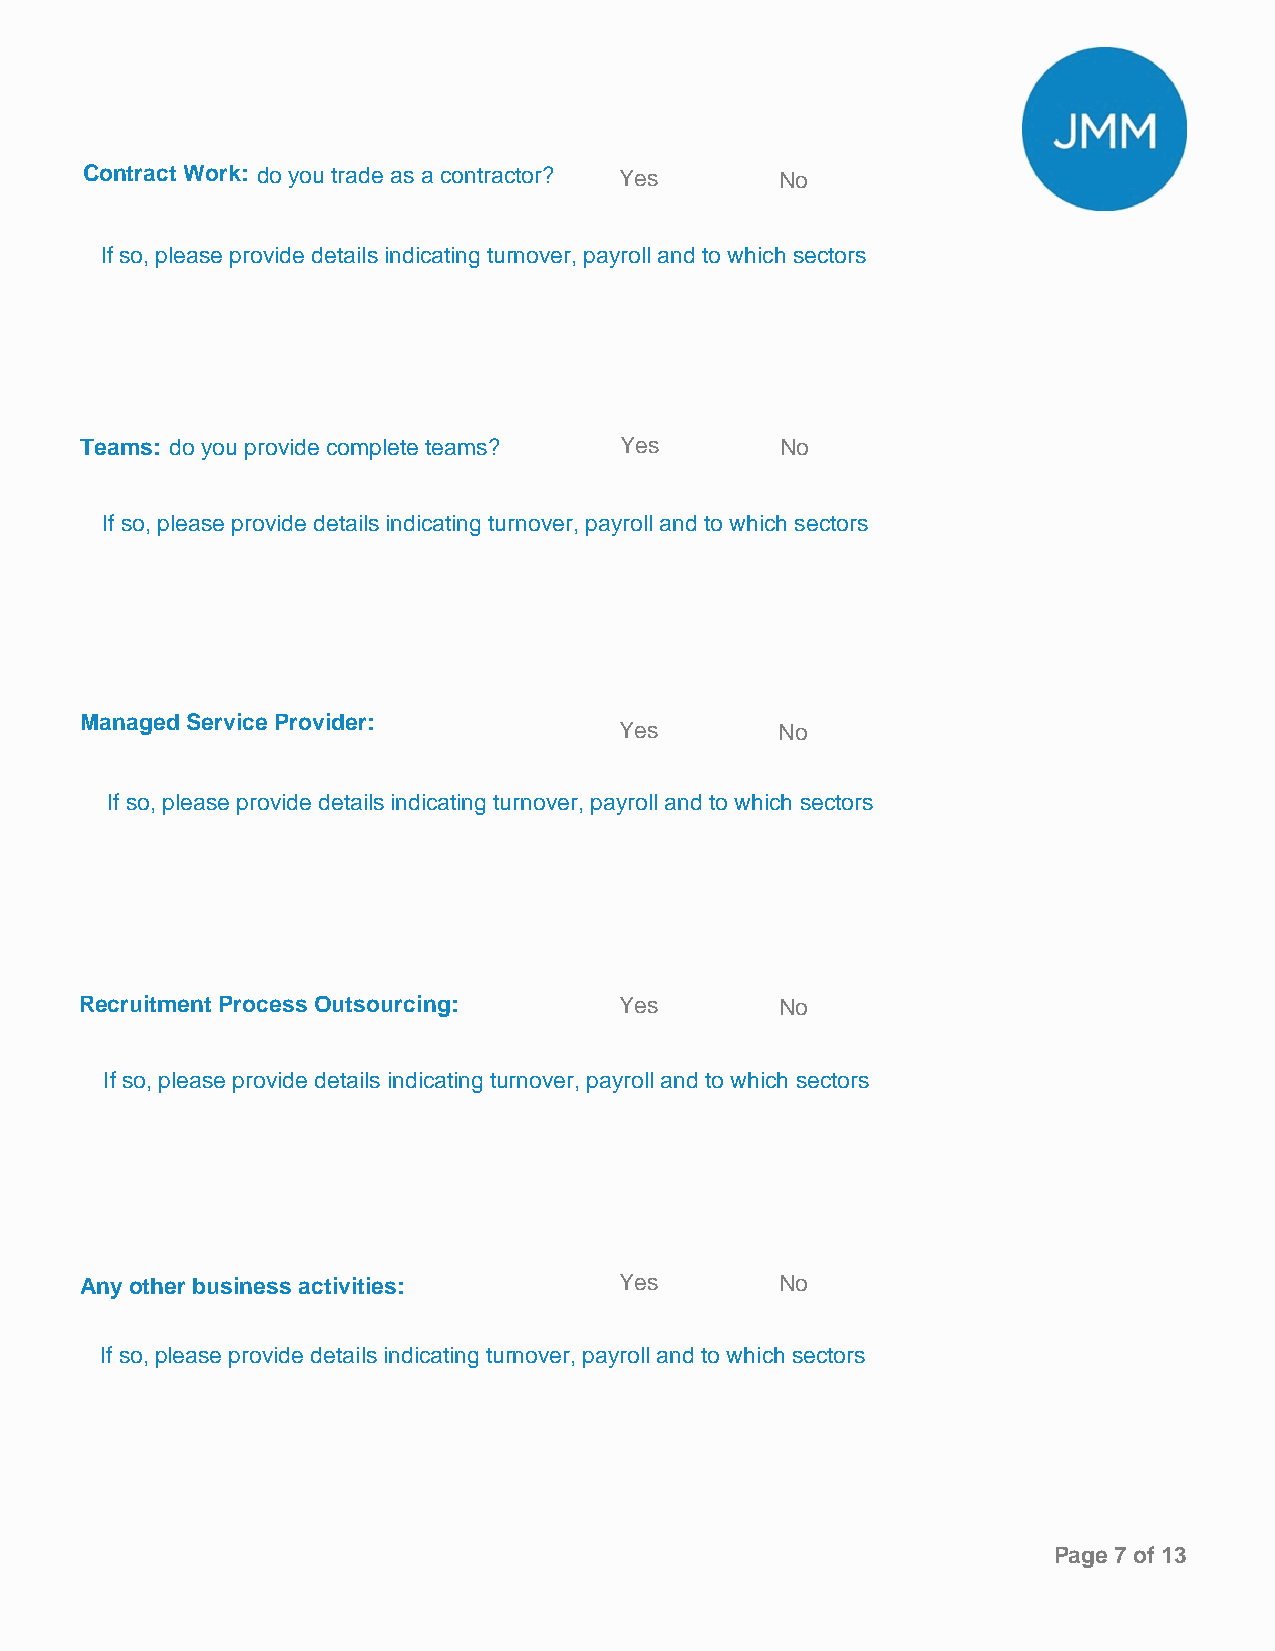
Contract Work: do you trade as a contractor? Yes No
 If so, please provide details indicating turnover, payroll and to which sectors
 Teams: do you provide complete teams? Yes      No
 If so, please provide details indicating turnover, payroll and to which sectors
 Managed Service Provider:
 Yes        No
 If so, please provide details indicating turnover, payroll and to which sectors
 Recruitment Process Outsourcing:    Yes        No
 If so, please provide details indicating turnover, payroll and to which sectors
 Any other business activities:      Yes        No
 If so, please provide details indicating turnover, payroll and to which sectors
 Page 7 of 13